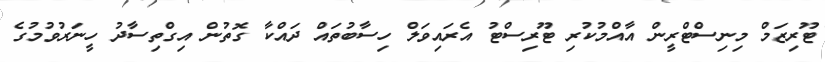
ޓޫރިޒަމް މިނިސްޓްރީން އާއްމުކުރި ޓޫރިސްޓު އެރައިވަލް ހިސާބުތައް ދައްކާ ގޮތުން އިގްތިސާދު ހީނަރުވުމުގެ